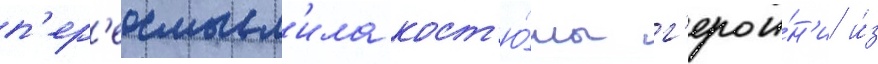
п'ер'еосмысл'ила кост'ю́мы г'ерои́н'и и́з